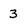
Character: 3